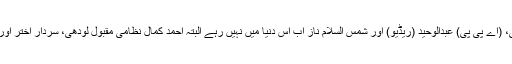
اعجازحشمت، عبدالرشید غازی، پرویز پاشا، بشیر قریشی، (اے پی پی) عبدالوحید (ریڈیو) اور شمس السلام ناز اب اس دنیا میں نہیں رہے البتہ احمد کمال نظامی مقبول لودھی، سردار اختر اور شہباز چوہدری ابھی بھی قلم کی مزدوری کر رہے ہیں۔